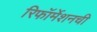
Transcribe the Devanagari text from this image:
रिफॉर्मेशनची